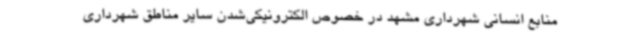
منابع انسانی شهرداری مشهد در خصوص الکترونیکی‌شدن سایر مناطق شهرداری